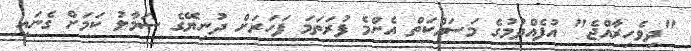
"ދިވެހިރާއްޖެ" އުފެއްދުމުގެ މަސައްކަތް އެންމެ ފުރަތަމަ ފަހަރަށް ދުނިޔޭގެ ސަމާލު ކަމަށް ގެނައި